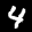
Label: 4